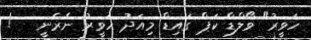
ހަވީރު" ވޯލްޑް ކަޕް ގައިޑް މިއަދު ހަވީރު ނެރެނީ   !